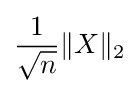
{\frac {1}{\sqrt {n}}}\|X\|_{2}